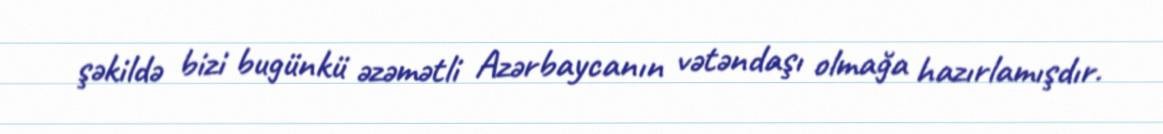
şəkildə bizi bugünkü əzəmətli Azərbaycanın vətəndaşı olmağa hazırlamışdır.